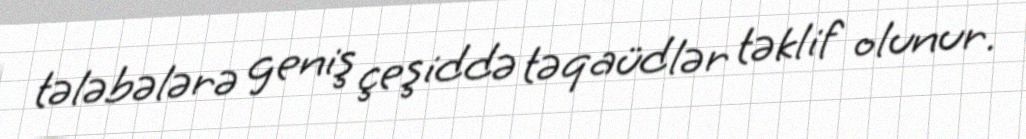
tələbələrə geniş çeşiddə təqaüdlər təklif olunur.